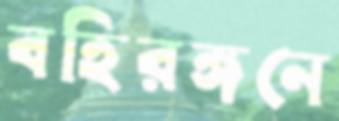
বহিরঙ্গনে